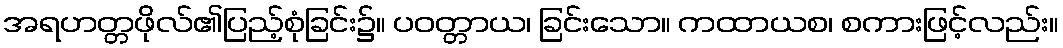
အရဟတ္တဖိုလ်၏ပြည့်စုံခြင်း၌။ ပဝတ္တာယ၊ ခြင်းသော။ ကထာယစ၊ စကားဖြင့်လည်း။